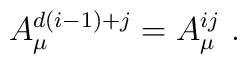
A_{\mu}^{d(i-1)+j}=A_{\mu}^{ij}\ .